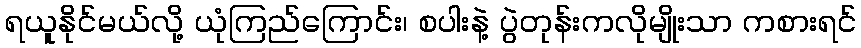
ရယူနိုင်မယ်လို့ ယုံကြည်ကြောင်း၊ စပါးနဲ့ ပွဲတုန်းကလိုမျိုးသာ ကစားရင်